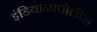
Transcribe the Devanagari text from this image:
इंडियानापोलीस